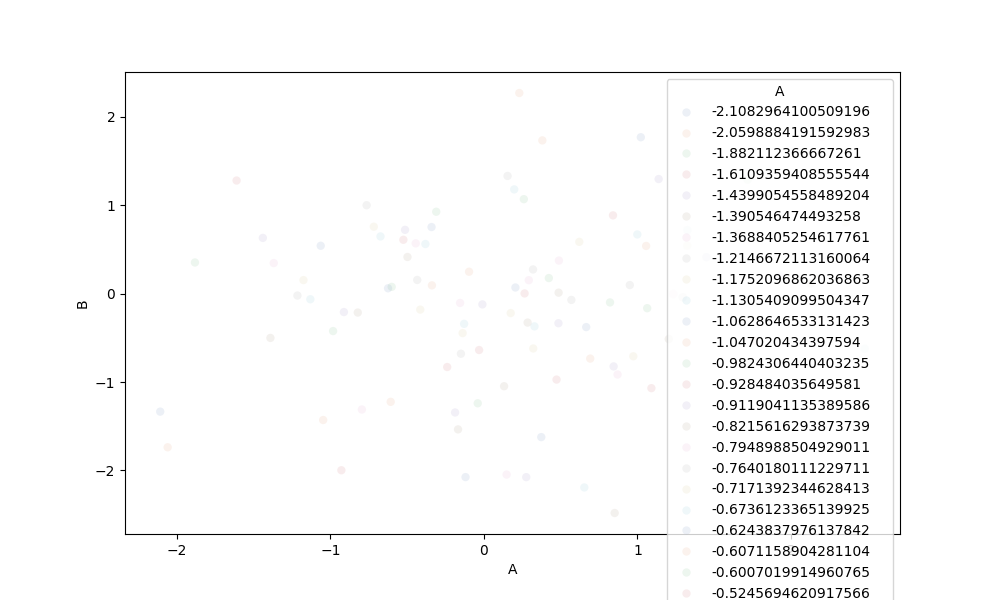
python, seaborn, scatterplot, hue='A', style='None', size='None', palette='deep', alpha=0.1